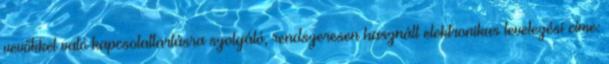
vevőkkel való kapcsolattartásra szolgáló, rendszeresen használt elektronikus levelezési címe: